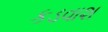
કડવાશ